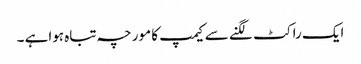
ایک راکٹ لگنے سے کیمپ کا مورچہ تباہ ہواہے ۔